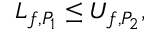
L _ { f , P _ { 1 } } \leq U _ { f , P _ { 2 } } , \,